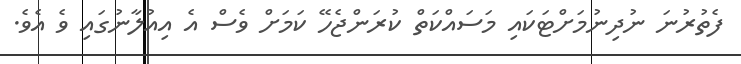
ފެތުރުނަ ނުދިނުމަށްޓަކައި މަސައްކަތް ކުރަންޖެހޭ ކަމަށް ވެސް އެ އިއުލާނުގައި ވެ އެވެ.